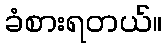
ခံစားရတယ်။